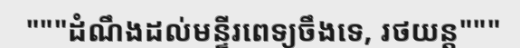
"""ដំណឹងដល់មន្ទីរពេទ្យចឹងទេ, រថយន្ត"""